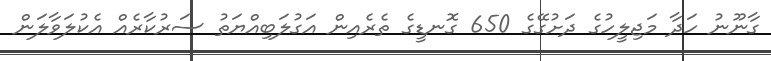
ގާނޫނު ހަދާ މަޖިލީހުގެ ދަށުގޭގެ 650 ގޮނޑީގެ ތެރެއިން އަގުލަބިއްޔަތު ސަރުކާރެއް އެކުލަވާލަން